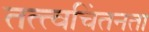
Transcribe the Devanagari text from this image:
तत्त्वचिंतनता